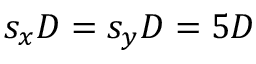
s _ { x } D = s _ { y } D = 5 D